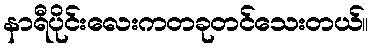
နာရီပိုင်းလေးကတခုတင်သေးတယ်။